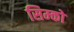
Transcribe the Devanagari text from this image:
सिम्को